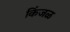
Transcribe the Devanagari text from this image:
किंजळ